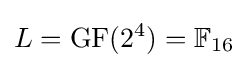
L=\mathrm {GF} (2^{4})=\mathbb {F} _{16}